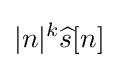
|n|^{k}{\widehat {s}}[n]